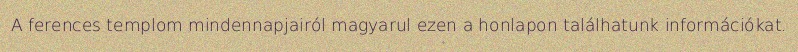
A ferences templom mindennapjairól magyarul ezen a honlapon találhatunk információkat.